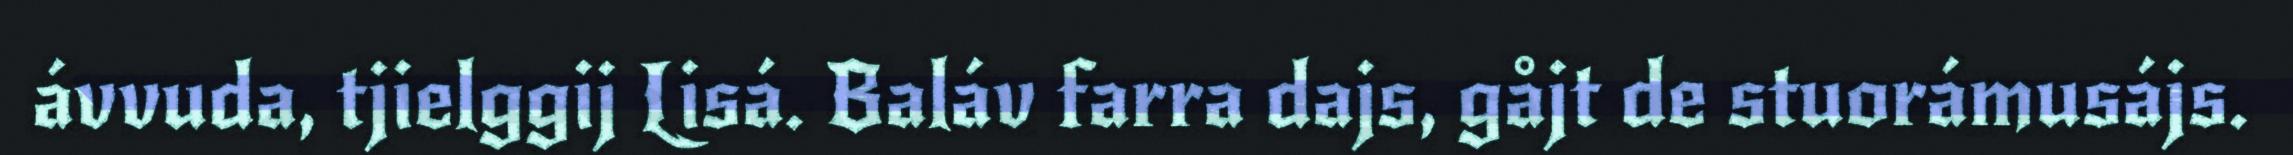
ávvuda, tjielggij Lisá. Baláv farra dajs, gåjt de stuorámusájs.